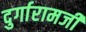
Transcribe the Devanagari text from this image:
दुर्गारामजी